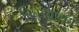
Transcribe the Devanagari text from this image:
बिघडवायचे